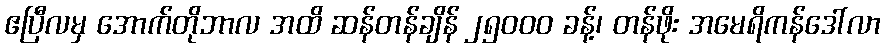
ဧပြီလမှ အောက်တိုဘာလ အထိ ဆန်တန်ချိန် ၂၅၀၀၀ ခန့်၊ တန်ဖိုး အမေရိကန်ဒေါ်လာ